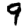
Digit: 9